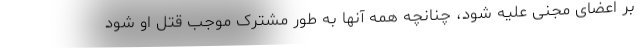
بر اعضای مجنی علیه شود، چنانچه همه آنها به طور مشترک موجب قتل او شود